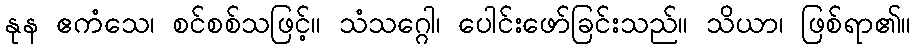
နုန ဧကံသေ၊ စင်စစ်သဖြင့်။ သံသဂ္ဂေါ၊ ပေါင်းဖော်ခြင်းသည်။ သိယာ၊ ဖြစ်ရာ၏။